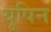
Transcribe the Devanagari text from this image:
यूषिन